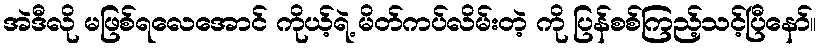
အဲဒီလို မဖြစ်ရလေအောင် ကိုယ့်ရဲ့ မိတ်ကပ်လိမ်းတဲ့ ကို ပြန်စစ်ကြည့်သင့်ပြီနော်။